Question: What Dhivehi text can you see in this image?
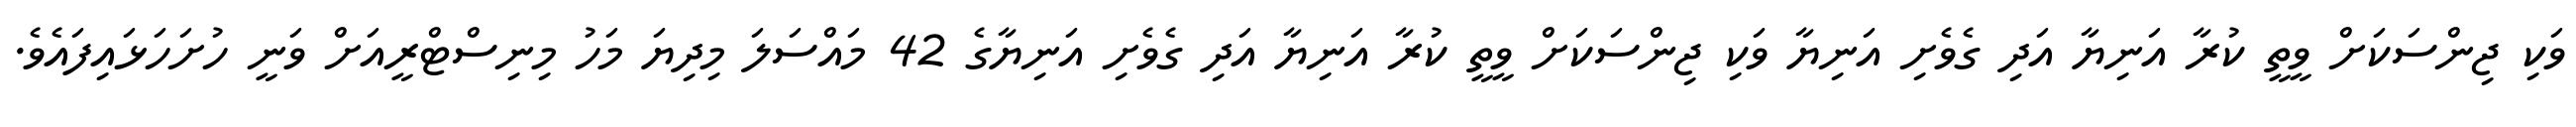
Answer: ވަކި ޖިންސަކަށް ވީތީ ކުރާ އަނިޔާ އަދި ގެވެށި އަނިޔާ ވަކި ޖިންސަކަށް ވީތީ ކުރާ އަނިޔާ އަދި ގެވެށި އަނިޔާގެ 42 މައްސަލަ މިދިޔަ މަހު މިނިސްޓްރީއަށް ވަނީ ހުށަހަޅައިފައެވެ.